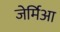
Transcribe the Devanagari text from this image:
जेर्मिआ